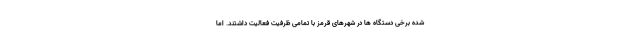
شده برخی دستگاه ها در شهرهای قرمز با تمامی ظرفیت فعالیت داشتند. اما